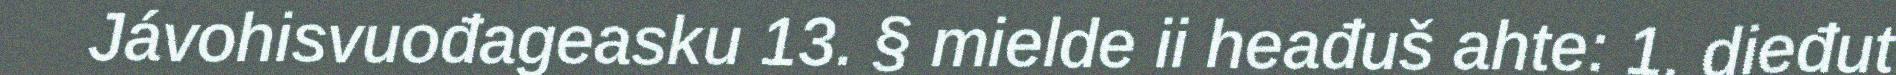
Jávohisvuođageasku 13. § mielde ii heađuš ahte: 1. dieđut